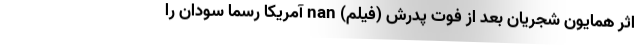
اثر همایون شجریان بعد از فوت پدرش (فیلم) nan آمریکا رسما سودان را